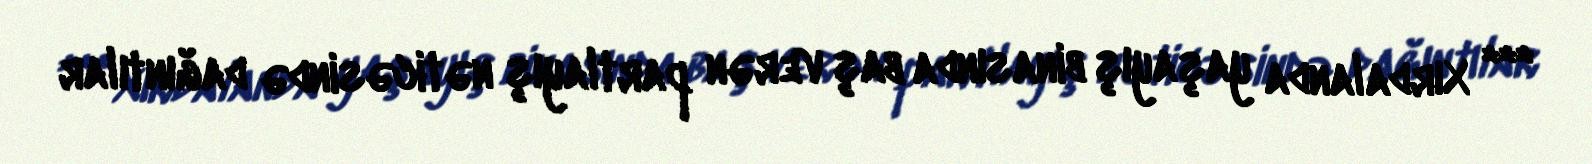
*** Xırdalanda yaşayış binasında baş verən partlayış nəticəsində dağıntılar